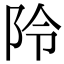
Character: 阾